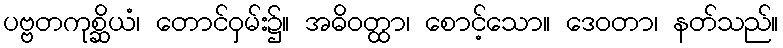
ပဗ္ဗတကုစ္ဆိယံ၊ တောင်ဝှမ်း၌။ အဓိဝတ္ထာ၊ စောင့်သော။ ဒေဝတာ၊ နတ်သည်။